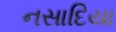
નસાદિયા